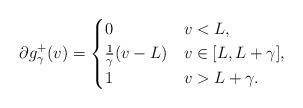
LaTeX: \begin{align*} \partial g^+_\gamma(v) = \begin{cases} 0 & v< L, \\ \frac1\gamma (v-L) & v\in [L,L+\gamma],\\ 1 & v>L+\gamma. \end{cases}\end{align*}